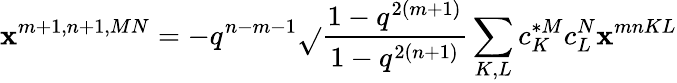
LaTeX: \mathbf{x}^{m+1,n+1,MN}=-q^{n-m-1}\sqrt{}{{\frac{{1-q^{2(m+1)}}}{{1-q^{2(n+1)}}}}}\sum_{K,L}c_{K}^{*M}c_{L}^{N}\mathbf{x}^{mnKL}